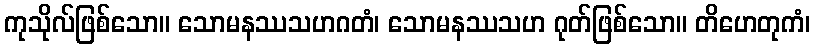
ကုသိုလ်ဖြစ်သော။ သောမနဿသဟဂတံ၊ သောမနဿသဟ ဂုတ်ဖြစ်သော။ တိဟေတုကံ၊